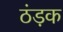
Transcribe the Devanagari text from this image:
ठंड़क